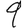
Digit: 9